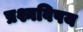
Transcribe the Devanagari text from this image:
प्रश्नविषय